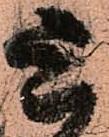
上